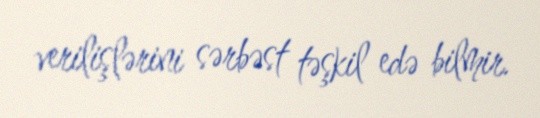
verilişlərini sərbəst təşkil edə bilmir.